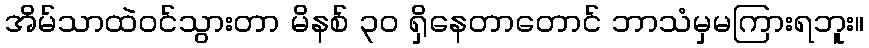
အိမ်သာထဲဝင်သွားတာ မိနစ် ၃၀ ရှိနေတာတောင် ဘာသံမှမကြားရဘူး။